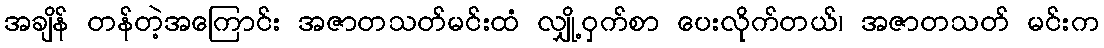
အချိန် တန်တဲ့အကြောင်း အဇာတသတ်မင်းထံ လျှို့ဝှက်စာ ပေးလိုက်တယ်၊ အဇာတသတ် မင်းက